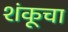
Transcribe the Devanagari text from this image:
शंकूचा